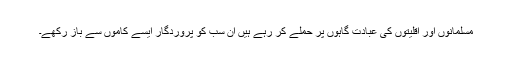
مسلمانوں اور اقلیتوں کی عبادت گاہوں پر حملے کر رہے ہیں ان سب کو پروردگار ایسے کاموں سے باز رکھے۔